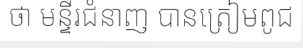
ថា មន្ទីរជំនាញ បានត្រៀមពូជ